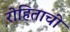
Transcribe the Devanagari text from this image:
रोहिताची